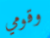
وقومي